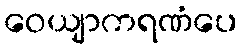
ဝေယျာကရဏံပေ